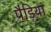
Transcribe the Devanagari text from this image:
पैड़ियां